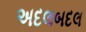
અદલબદલ